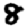
Digit: 8